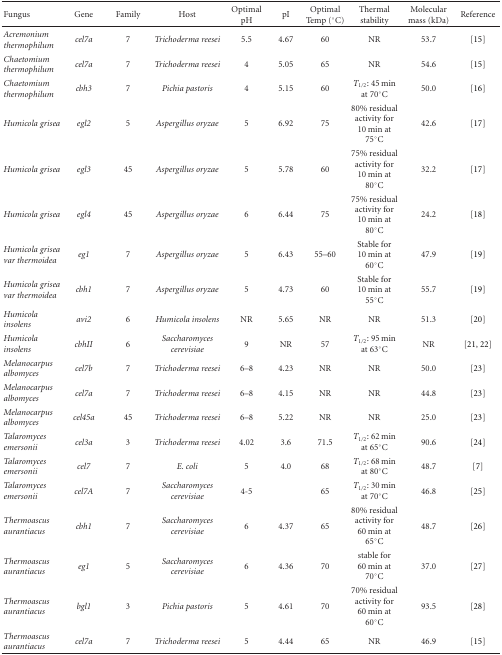
<table><thead><tr><td><b>Fungus</b></td><td><b>Gene</b></td><td><b>Family</b></td><td><b>Host</b></td><td><b>Optimal pH</b></td><td><b>pI</b></td><td><b>Optimal Temp (°C)</b></td><td><b>Thermal stability</b></td><td><b>Molecular mass (kDa)</b></td><td><b>Reference</b></td></tr></thead><tbody><tr><td><i>Acremonium thermophilum</i></td><td><i>cel7a</i></td><td>7</td><td><i>Trichoderma reesei</i></td><td>5.5</td><td>4.67</td><td>60</td><td>NR</td><td>53.7</td><td>[15]</td></tr><tr><td><i>Chaetomium thermophilum</i></td><td><i>cel7a</i></td><td>7</td><td><i>Trichoderma reesei</i></td><td>4</td><td>5.05</td><td>65</td><td>NR</td><td>54.6</td><td>[15]</td></tr><tr><td><i>Chaetomium thermophilum</i></td><td><i>cbh3</i></td><td>7</td><td><i>Pichia pastoris</i></td><td>4</td><td>5.15</td><td>60</td><td><i>T</i><sub>1/2</sub>: 45 min at 70°C</td><td>50.0</td><td>[16]</td></tr><tr><td><i>Humicola grisea</i></td><td><i>egl2</i></td><td>5</td><td><i>Aspergillus oryzae</i></td><td>5</td><td>6.92</td><td>75</td><td>80% residual activity for 10 min at 75°C</td><td>42.6</td><td>[17]</td></tr><tr><td><i>Humicola grisea</i></td><td><i>egl3</i></td><td>45</td><td><i>Aspergillus oryzae</i></td><td>5</td><td>5.78</td><td>60</td><td>75% residual activity for 10 min at 80°C</td><td>32.2</td><td>[17]</td></tr><tr><td><i>Humicola grisea</i></td><td><i>egl4</i></td><td>45</td><td><i>Aspergillus oryzae</i></td><td>6</td><td>6.44</td><td>75</td><td>75% residual activity for 10 min at 80°C</td><td>24.2</td><td>[18]</td></tr><tr><td><i>Humicola grisea var thermoidea</i></td><td><i>eg1</i></td><td>7</td><td><i>Aspergillus oryzae</i></td><td>5</td><td>6.43</td><td>55–60</td><td>Stable for 10 min at 60°C</td><td>47.9</td><td>[19]</td></tr><tr><td><i>Humicola grisea var thermoidea</i></td><td><i>cbh1</i></td><td>7</td><td><i>Aspergillus oryzae</i></td><td>5</td><td>4.73</td><td>60</td><td>Stable for 10 min at 55°C</td><td>55.7</td><td>[19]</td></tr><tr><td><i>Humicola insolens</i></td><td><i>avi2</i></td><td>6</td><td><i>Humicola insolens</i></td><td>NR</td><td>5.65</td><td>NR</td><td>NR</td><td>51.3</td><td>[20]</td></tr><tr><td><i>Humicola insolens</i></td><td><i>cbhII</i></td><td>6</td><td><i>Saccharomyces cerevisiae</i></td><td>9</td><td>NR</td><td>57</td><td><i>T</i><sub>1/2</sub>: 95 min at 63°C</td><td>NR</td><td>[21, 22]</td></tr><tr><td><i>Melanocarpus albomyces</i></td><td><i>cel7b</i></td><td>7</td><td><i>Trichoderma reesei</i></td><td>6–8</td><td>4.23</td><td>NR</td><td>NR</td><td>50.0</td><td>[23]</td></tr><tr><td><i>Melanocarpus albomyces</i></td><td><i>cel7a</i></td><td>7</td><td><i>Trichoderma reesei</i></td><td>6–8</td><td>4.15</td><td>NR</td><td>NR</td><td>44.8</td><td>[23]</td></tr><tr><td><i>Melanocarpus albomyces</i></td><td><i>cel45a</i></td><td>45</td><td><i>Trichoderma reesei</i></td><td>6–8</td><td>5.22</td><td>NR</td><td>NR</td><td>25.0</td><td>[23]</td></tr><tr><td><i>Talaromyces emersonii</i></td><td><i>cel3a</i></td><td>3</td><td><i>Trichoderma reesei</i></td><td>4.02</td><td>3.6</td><td>71.5</td><td><i>T</i><sub>1/2</sub>: 62 min at 65°C</td><td>90.6</td><td>[24]</td></tr><tr><td><i>Talaromyces emersonii</i></td><td><i>cel7</i></td><td>7</td><td><i>E. coli</i></td><td>5</td><td>4.0</td><td>68</td><td><i>T</i><sub>1/2</sub>: 68 min at 80°C</td><td>48.7</td><td>[7]</td></tr><tr><td><i>Talaromyces emersonii</i></td><td><i>cel7A</i></td><td>7</td><td><i>Saccharomyces cerevisiae</i></td><td>4-5</td><td></td><td>65</td><td><i>T</i><sub>1/2</sub>: 30 min at 70°C</td><td>46.8</td><td>[25]</td></tr><tr><td><i>Thermoascus aurantiacus</i></td><td><i>cbh1</i></td><td>7</td><td><i>Saccharomyces cerevisiae</i></td><td>6</td><td>4.37</td><td>65</td><td>80% residual activity for 60 min at 65°C</td><td>48.7</td><td>[26]</td></tr><tr><td><i>Thermoascus aurantiacus</i></td><td><i>eg1</i></td><td>5</td><td><i>Saccharomyces cerevisiae</i></td><td>6</td><td>4.36</td><td>70</td><td>stable for 60 min at 70°C</td><td>37.0</td><td>[27]</td></tr><tr><td><i>Thermoascus aurantiacus</i></td><td><i>bgl1</i></td><td>3</td><td><i>Pichia pastoris</i></td><td>5</td><td>4.61</td><td>70</td><td>70% residual activity for 60 min at 60°C</td><td>93.5</td><td>[28]</td></tr><tr><td><i>Thermoascus aurantiacus</i></td><td><i>cel7a</i></td><td>7</td><td><i>Trichoderma reesei</i></td><td>5</td><td>4.44</td><td>65</td><td>NR</td><td>46.9</td><td>[15]</td></tr></tbody></table>